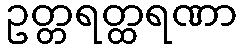
ဥတ္တရတ္ထရဏာ